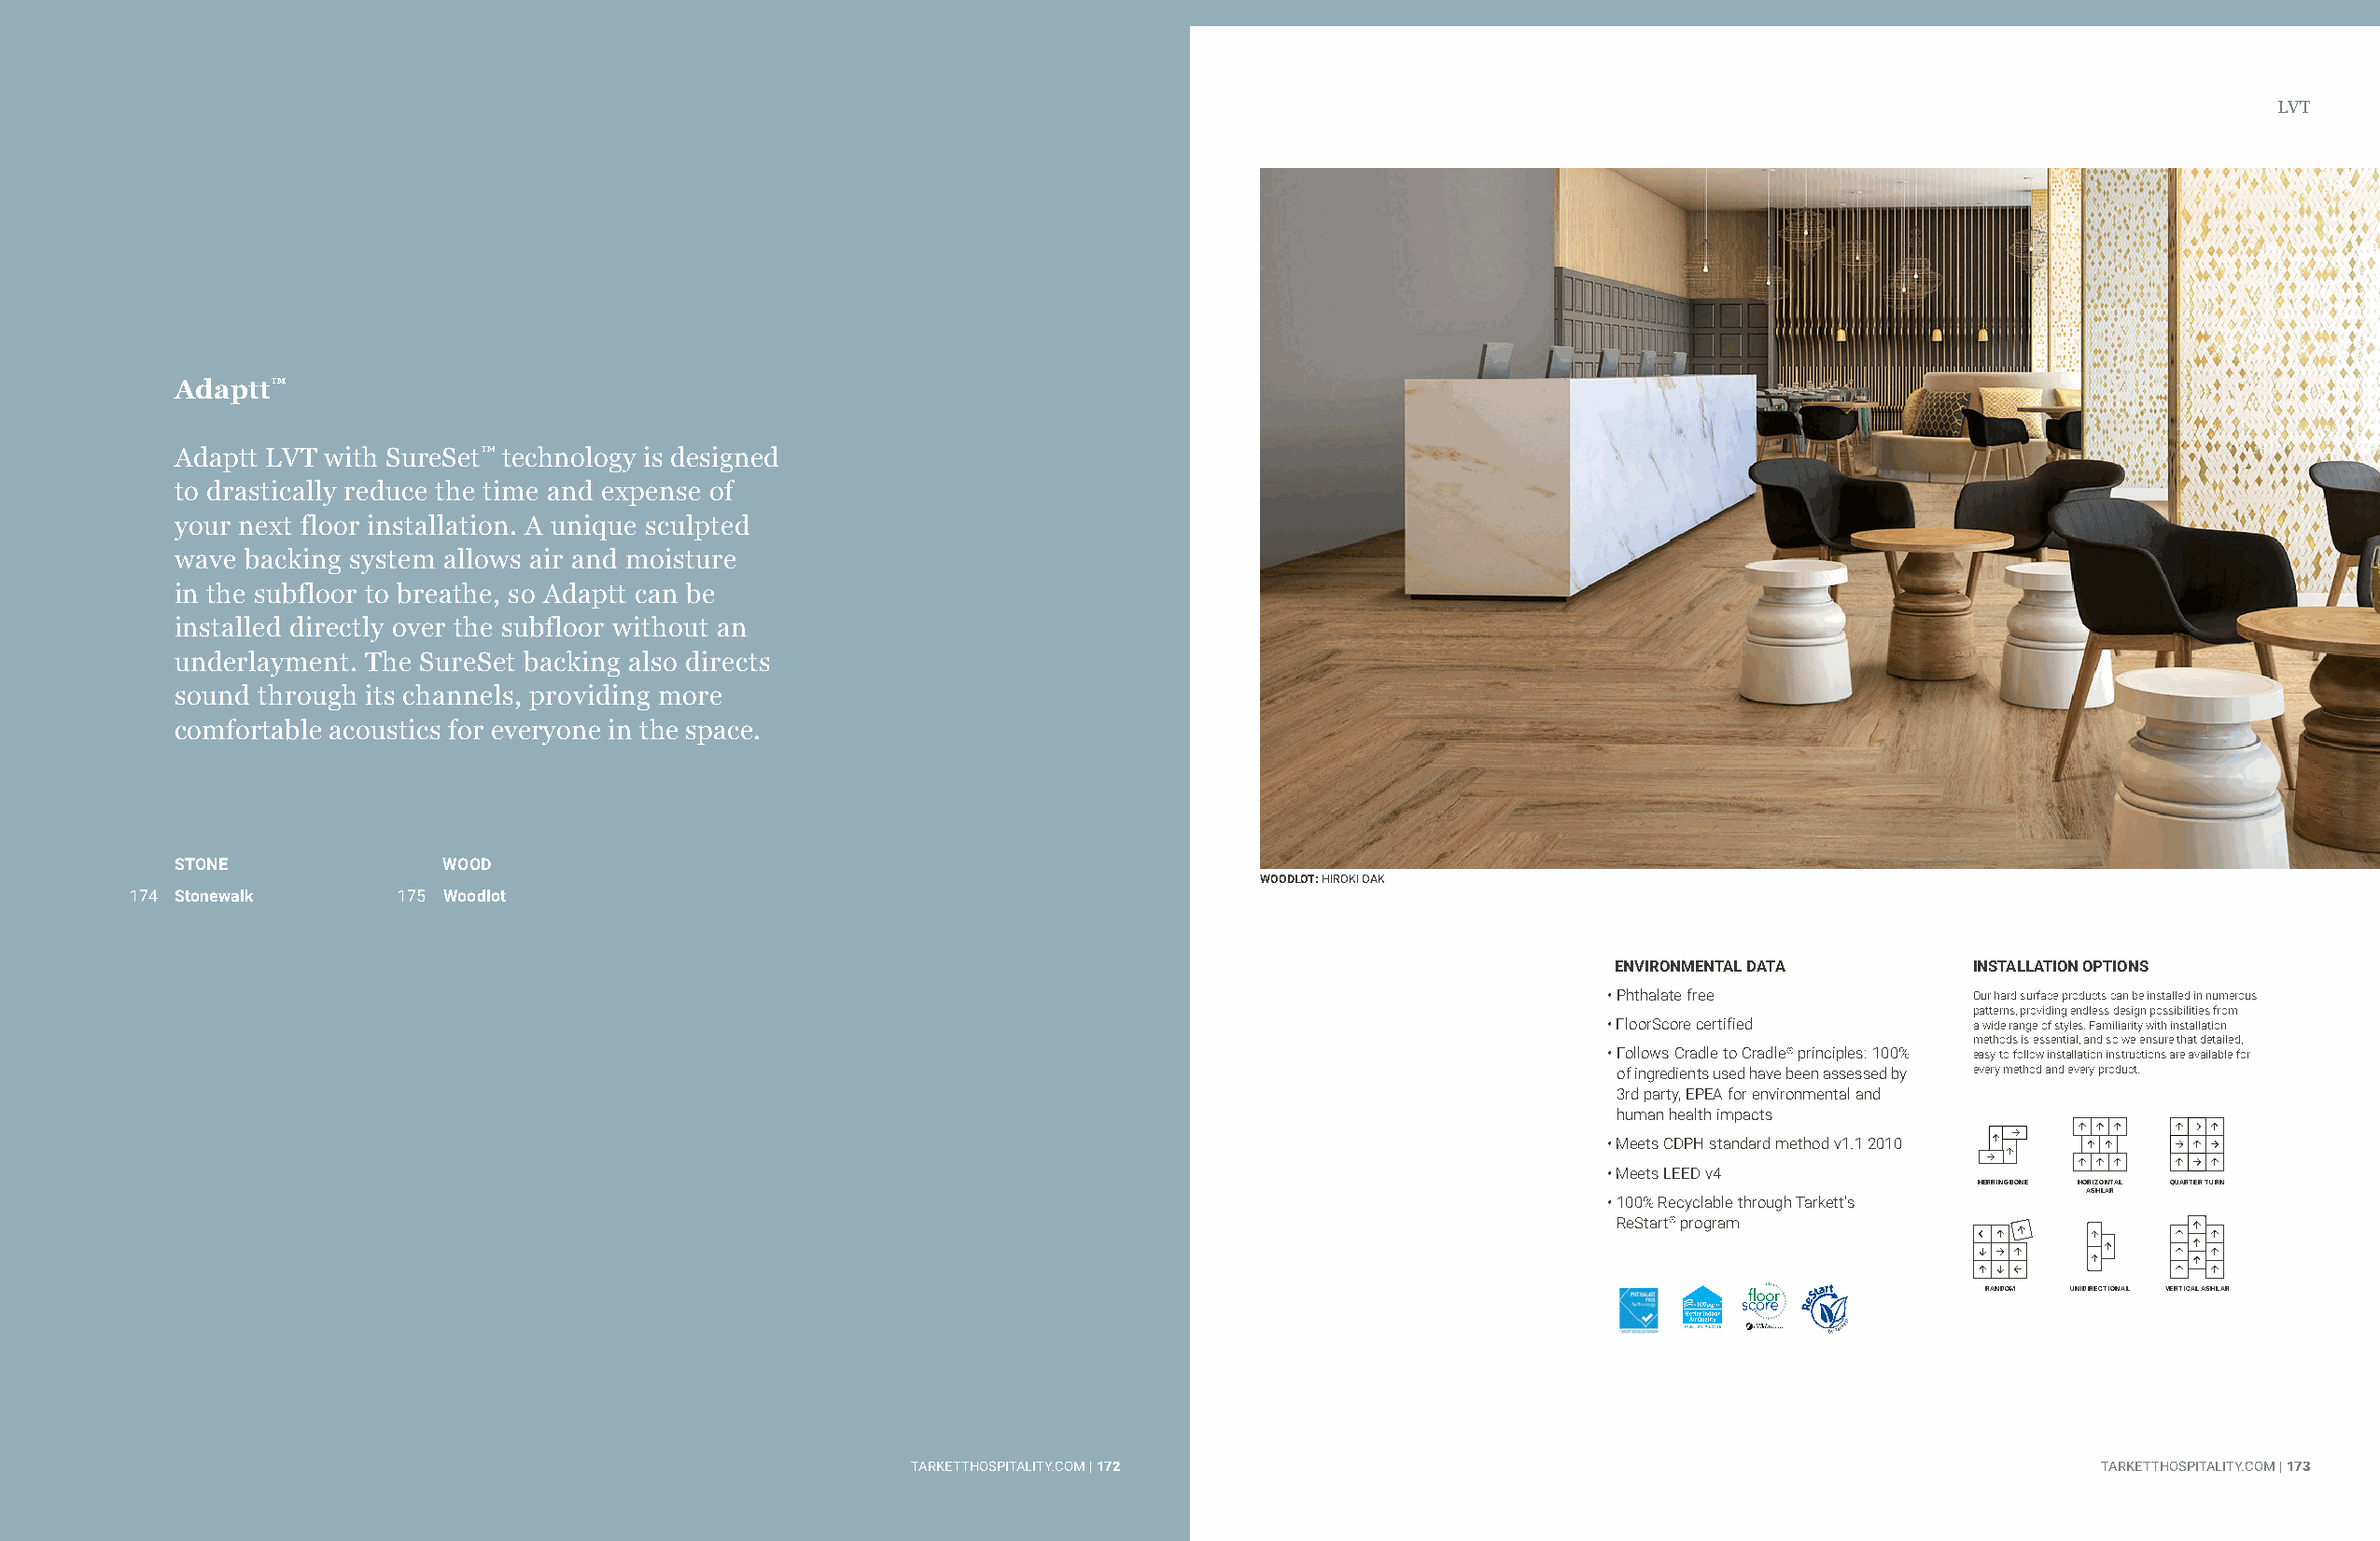
LVT                                                                                  LVT
 Adaptt™
 Adaptt LVT with SureSet™ technology is designed
 to drastically reduce the time and expense of
 your next floor installation. A unique sculpted
 wave backing system allows air and moisture
 in the subfloor to breathe, so Adaptt can be
 installed directly over the subfloor without an
 underlayment. The SureSet backing also directs
 sound through its channels, providing more
 comfortable acoustics for everyone in the space.
 STONE              WOOD
 WOODLOT: HIROKI OAK
 174 Stonewalk      175 Woodlot
 ENVIRONMENTAL DATA       INSTALLATION OPTIONS
 • Phthalate free          Our hard surface products can be installed in numerous
 patterns, providing endless design possibilities from
 • FloorScore certified    a wide range of styles. Familiarity with installation
 methods is essential, and so we ensure that detailed,
 • Follows Cradle to Cradle® principles: 100% easy-to-follow installation instructions are available for
 of ingredients used have been assessed by every method and every product.
 3rd party, EPEA for environmental and
 human health impacts
 • Meets CDPH standard method v1.1 2010
 • Meets LEED v4
 HERRINGBONE HORIZONTAL QUARTER TURN
 ASHLAR
 • 100% Recyclable through Tarkett’s
 ReStart® program
 RANDOM UNIDIRECTIONAL VERTICAL ASHLAR
 *
 TTAARRKKEETTTTHHOOSSPPIITTAALLIITTYY..CCOOMM || 117722                              TARKETTHOSPITALITY.COM | 173